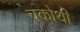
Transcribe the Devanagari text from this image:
चकोथी